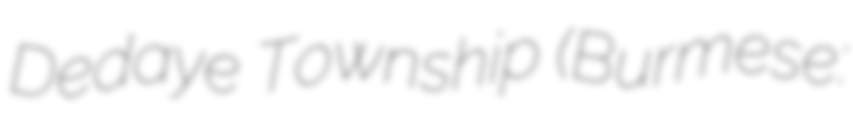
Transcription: Dedaye Township (Burmese: